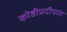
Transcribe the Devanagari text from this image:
कोष्ठीप्रदीपात